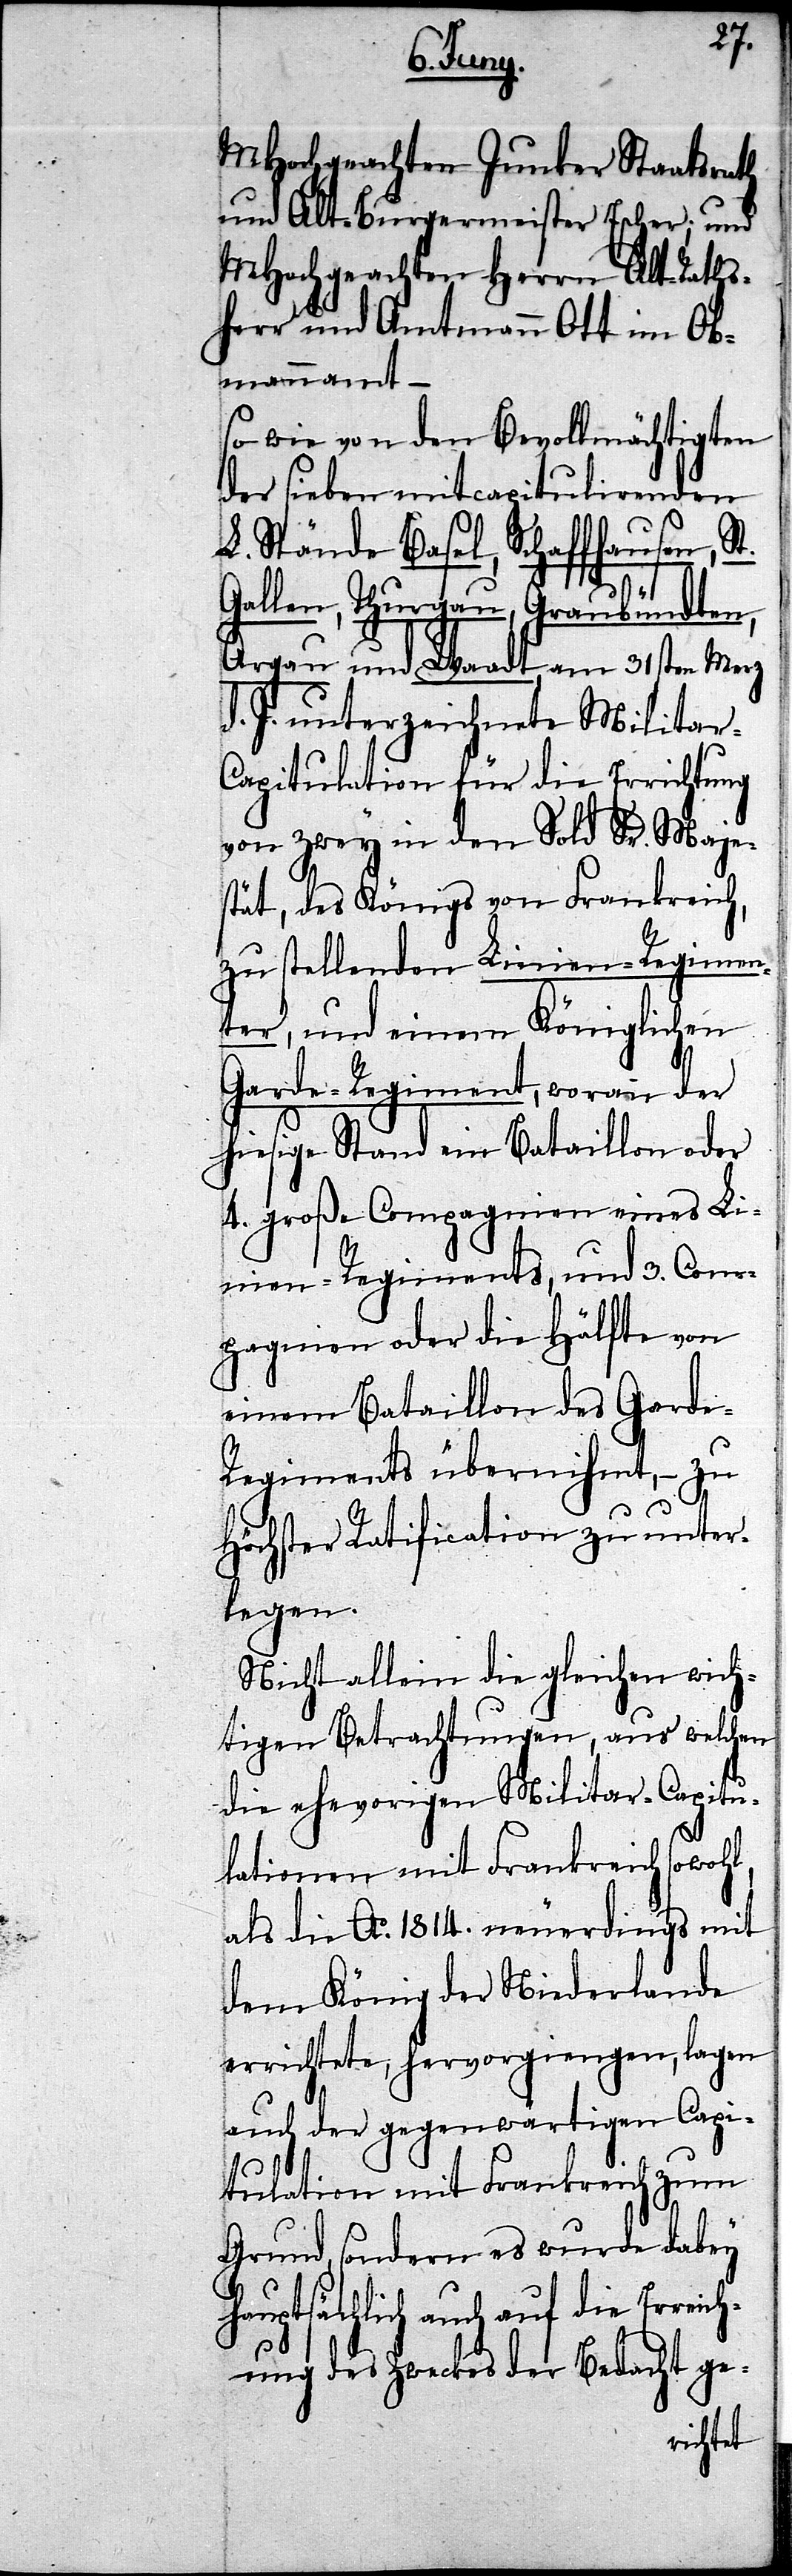
MHochgeachten Junker Staatsrath
und Alt-Burgermeister Escher; und
MHochgeachten Herrn Alt-Raths¬
herr und Amtmann Ott im Ob¬
mannamt
so wie von den Bevollmächtigten
der sieben mitcapitulirenden
L. Stände Basel, Schaffhausen, St.
Gallen, Thurgau, Graubündten,
Argau und Waadt am 31sten Merz
d. J. unterzeichnete Militar-C¬
apitulation für die Errichtung
von zwey in den Sold Sr. Maje¬
stät, des Königs von Frankreich,
zu stellenden Linien-Regimen¬
ter, und einem Königlichen
Garde-Regiment, worann der
hiesige Stand ein Bataillon oder
4. große Compagnien eines Li¬
nien-Regiments, und 3. Com¬
pagnien oder die Hälfte von
einem Bataillon des Gard¬
e-Regiments übernihmt, – zu
Höchster Ratification zu unter¬
legen.
Nicht allein die gleichen wich¬
tigen Betrachtungen, aus welchen
die ehevorigen Militar-Capitu¬
lationen mit Frankreich sowohl,
als die Ao. 1814. neuerdings mit
dem König der Niederlande
errichtete, hervorgiengen, lagen
auch der gegenwärtigen Capi¬
tulation mit Frankreich zum
Grund, sondern es wurde dabey
hauptsächlich auch auf die Erre¬
ichung des Zweckes der Bedacht ge-